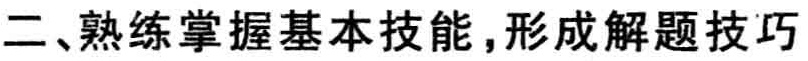
二、熟练掌握基本技能，形成解题技巧